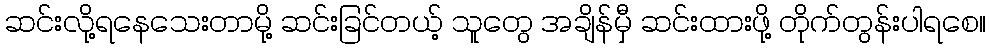
ဆင်းလို့ရနေသေးတာမို့ ဆင်းခြင်တယ့် သူတွေ အချိန်မှီ ဆင်းထားဖို့ တိုက်တွန်းပါရစေ။